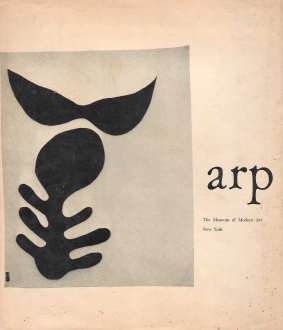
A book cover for Arp; Jean Hans Arp; Health, Fitness & Dieting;